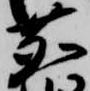
鹿